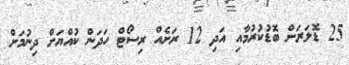
25 ޑޮލަރަށް ބޮޑުކުރުމާއި އަދި 12 ރަށެއް ރިސޯޓް ހަދަން ކުއްޔަށް ދިނުމަށް